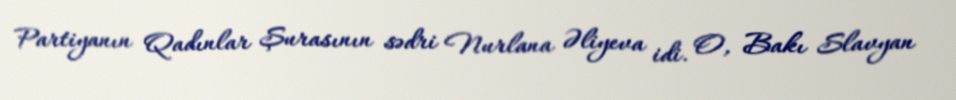
Partiyanın Qadınlar Şurasının sədri Nurlana Əliyeva idi. O, Bakı Slavyan